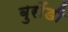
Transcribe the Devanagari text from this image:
बुरोंडी